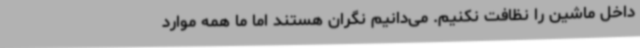
داخل ماشین را نظافت نکنیم. می‌دانیم نگران هستند اما ما همه موارد